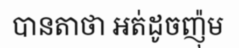
បានតាថា អត់ដូចញ៉ុម